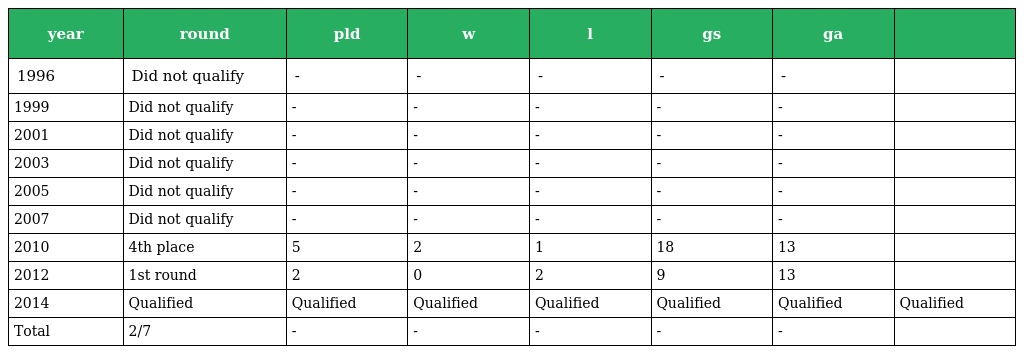
| year | round | pld | w | l | gs | ga |  |
 | --- | --- | --- | --- | --- | --- | --- | --- |
 | 1996 | Did not qualify | - | - | - | - | - |  |
 | 1999 | Did not qualify | - | - | - | - | - |  |
 | 2001 | Did not qualify | - | - | - | - | - |  |
 | 2003 | Did not qualify | - | - | - | - | - |  |
 | 2005 | Did not qualify | - | - | - | - | - |  |
 | 2007 | Did not qualify | - | - | - | - | - |  |
 | 2010 | 4th place | 5 | 2 | 1 | 18 | 13 |  |
 | 2012 | 1st round | 2 | 0 | 2 | 9 | 13 |  |
 | 2014 | Qualified | Qualified | Qualified | Qualified | Qualified | Qualified | Qualified |
 | Total | 2/7 | - | - | - | - | - |  |